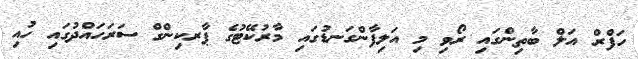
ހަފްރް އަލް ބާތިންގައި ރޯވި މި އަލިފާންގަނޑުގައި މާރުކޭޓުގެ ޕާރކިންގް ސަރަހައްދުގައި ހުއި